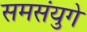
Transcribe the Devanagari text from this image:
समसंयुगे